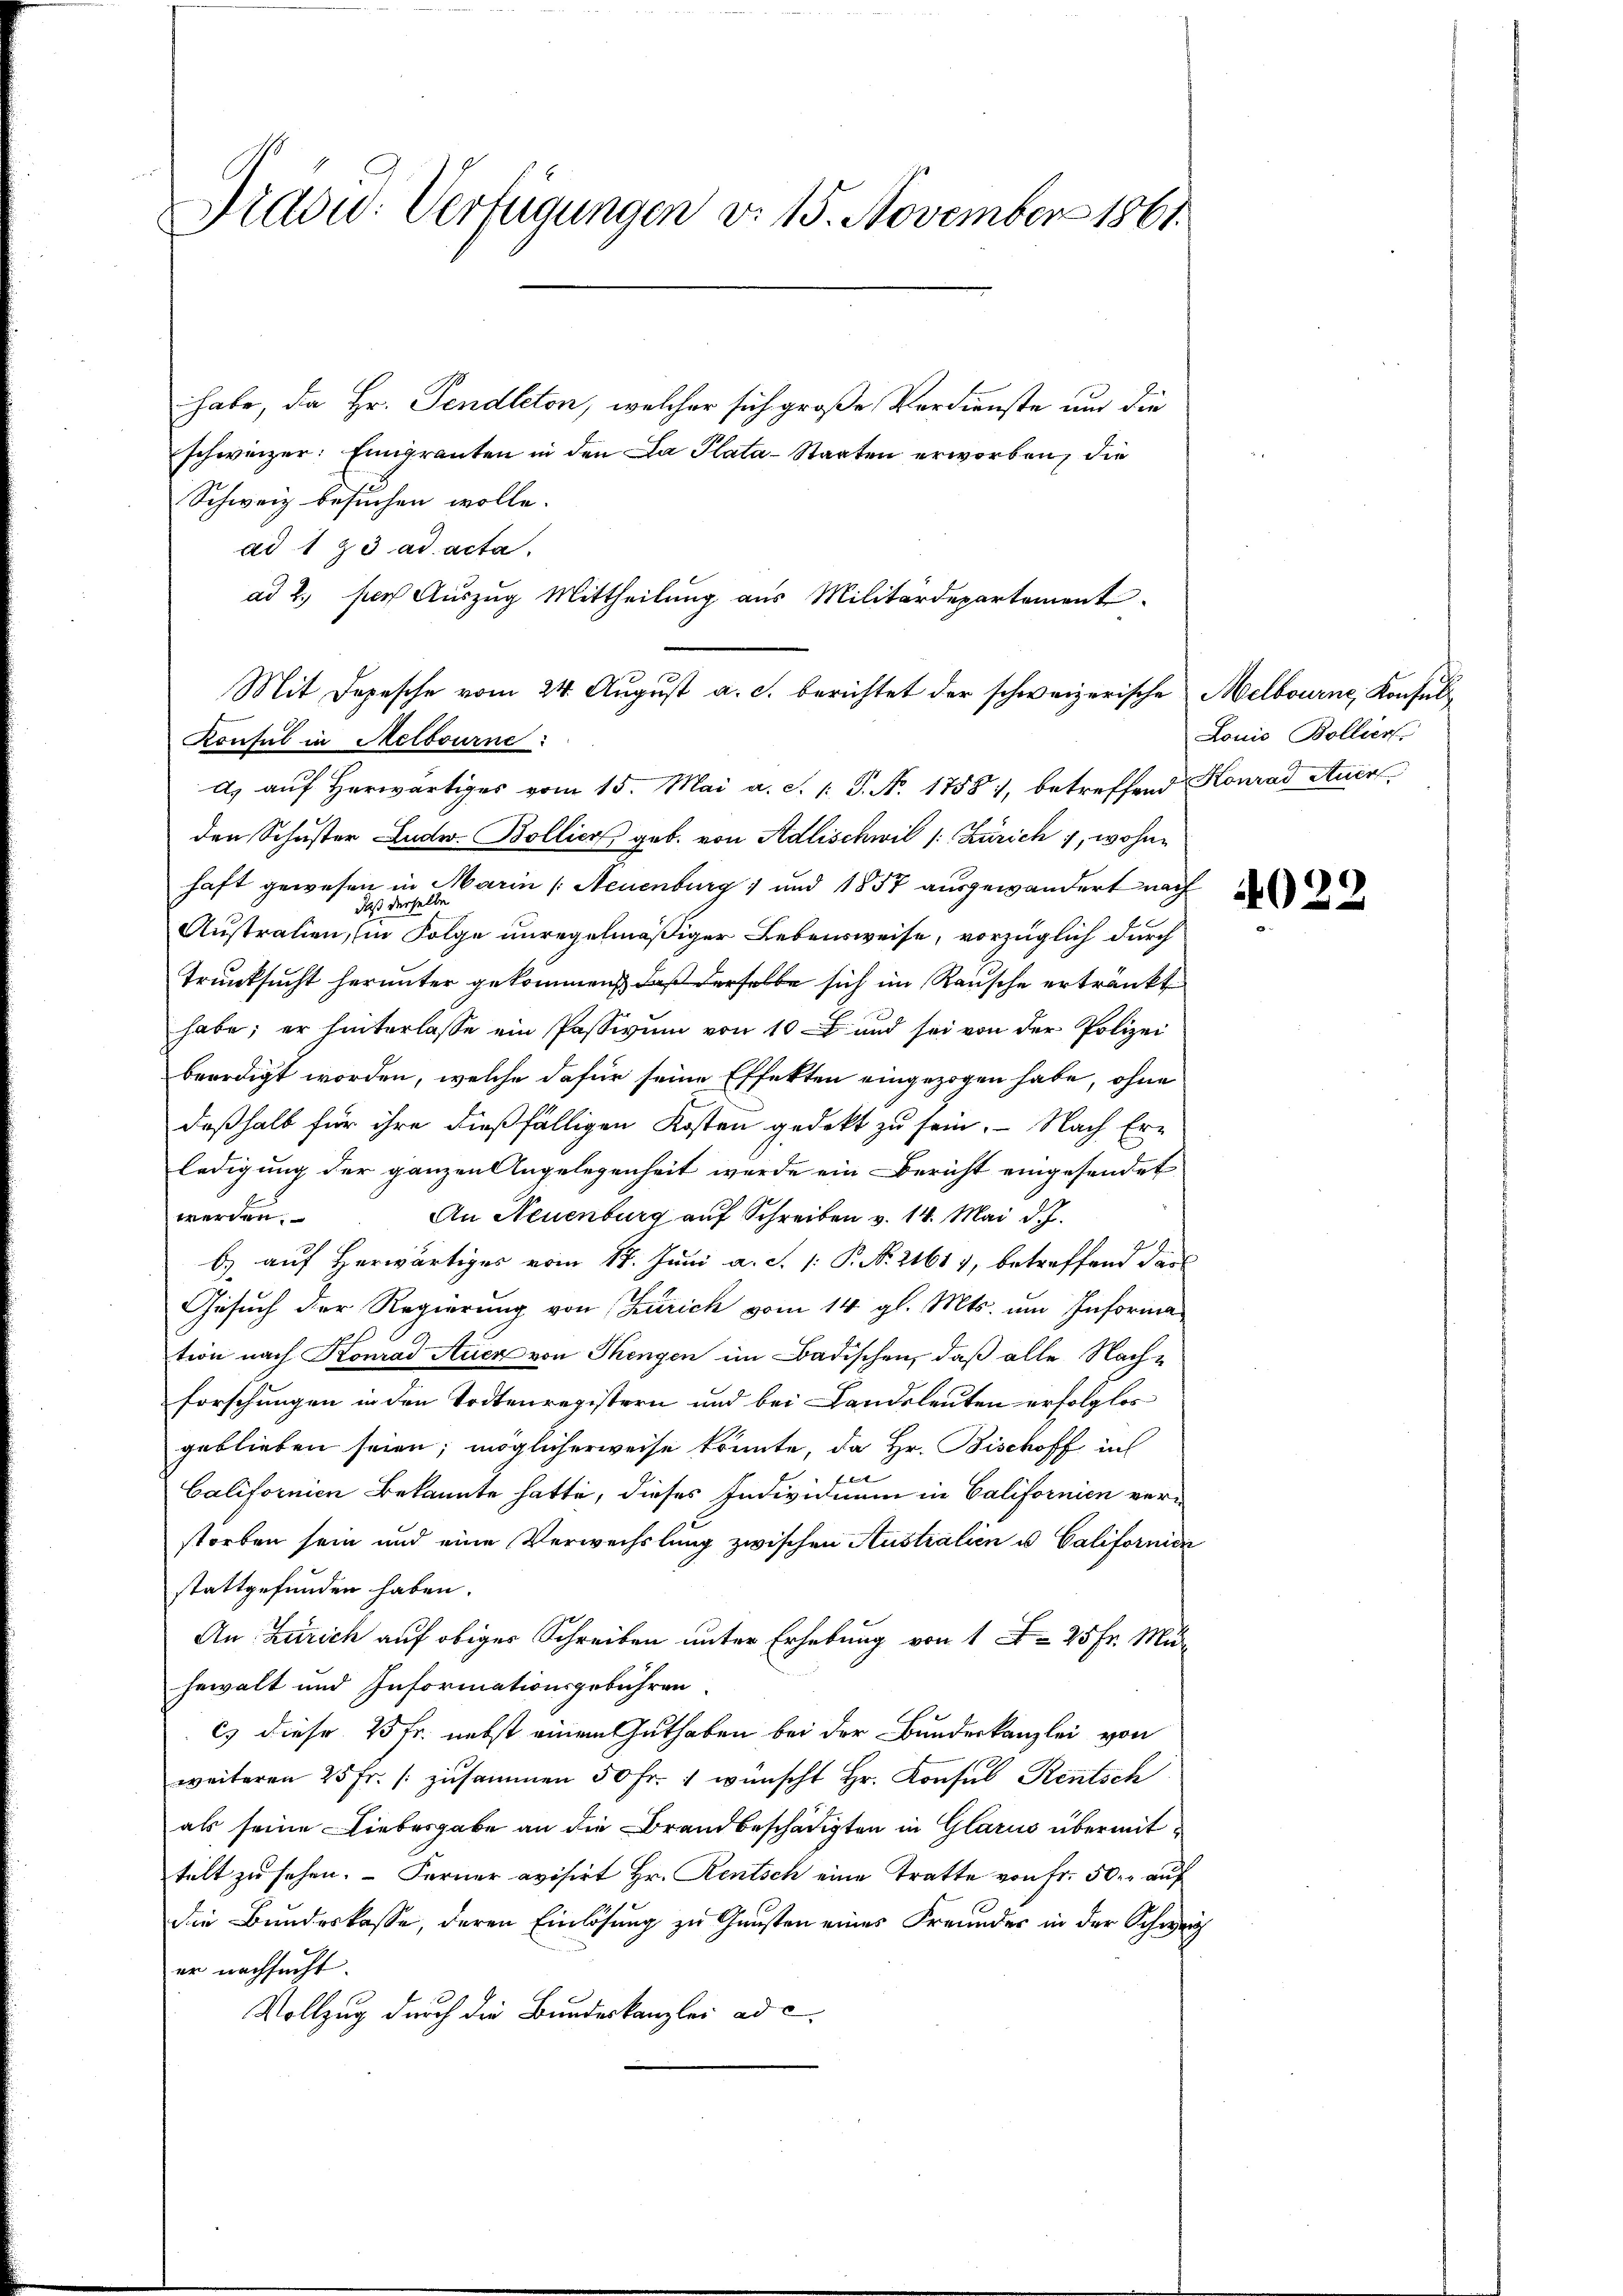
Präsid. Verfügungen d. 15. November 1861.

habe, da Hr. Pendleton, welcher sich große Verdienste und die
schweizer: Eingranten in den La Plata-Staaten erworben, die
Schweiz besuchen wolle.
ad 1 & 3. ad acta.
d) auf herwärtiges vom 15. Mai a. S. 1: P. N. 1758), betreffend Konrad Auer
den Schuster Ludw. Bollier geb. von Adlischwil /: Zürich, wohne
haft gewesen in Marin (Neuenburg) und 1857 ausgewandert nach
selbe
daß die
Austrauen, (in Folge unregelmäßiger Lebensweise, vorzüglich durch
Trunksucht herunter gekommen, daß derselbe sich im Rausche ertränkt
habe; er hinterlasse ein Passivum von 10 und sei von der Polizei
beerdigt worden, welche dafür seine Effekten eingezogen habe, ohne
deßhalb für ihre dießfälligen Kosten gedekt zu sein. - Nach Er-
ledigung der ganzen Angelegenheit werde ein Bericht eingesendet
An Neuenburg auf Schreiben v. 14. Mai d. J.
werden.
E
b auf herwärtiges vom 17. Juni a. S. 1: P. No. 21619, betreffend das
Gesuch der Regierung von Zürich vom 14. gl. Mts. um Informa
tion nach Konrad Auer von Thengen im Badischen, daß alle Nachforschungen in den Todtenregistern und bei Landsleuten erfolglos
geblieben seien, möglicherweise könnte, da Hr. Bischoff in

Californien Bekannte hatte, dieses Individuum in Californien verstorben sein und eine Verwechslung zwischen Australien u. Californien
stattgefunden haben.
An Zürich auf obiger Schreiben unter Erhebung von 1 f 25 Fr. Muhewalt und Informationsgebühren.
es diese 25 fr. nebst einem Guthaben bei der Bundeskanzlei von
weiteren 25 fr. /: zusammen 50 fr. 1 wünscht Hr. Konsul Rentsch
als seine Liebesgabe an die Brandbeschädigten in Glarus übermittelt zu sehen. – Ferner evisirt Hr. Rentsch eine Tratte von Fr. 50. auf
die Bundeskasse, deren Einlösung zu Gunsten eines Freundes in der Schweiz
er nachsucht.
Vollzug durch die Bundeskanzlei ad e

Konsul in Melbourne:

ad 2. der Auszug Mittheilung aus Militärdepartement.

Mit Depesche vom 24. August a. c. berichtet der schweizerische Melbourne, Konsul¬

Louis Bollier

4022